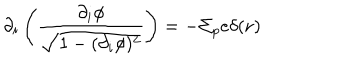
\partial _ { i } \left( \frac { \partial _ { i } \phi } { \sqrt { 1 - ( \partial _ { i } \phi ) ^ { 2 } } } \right) = - \Sigma _ { p } e \delta ( { \bf r } )